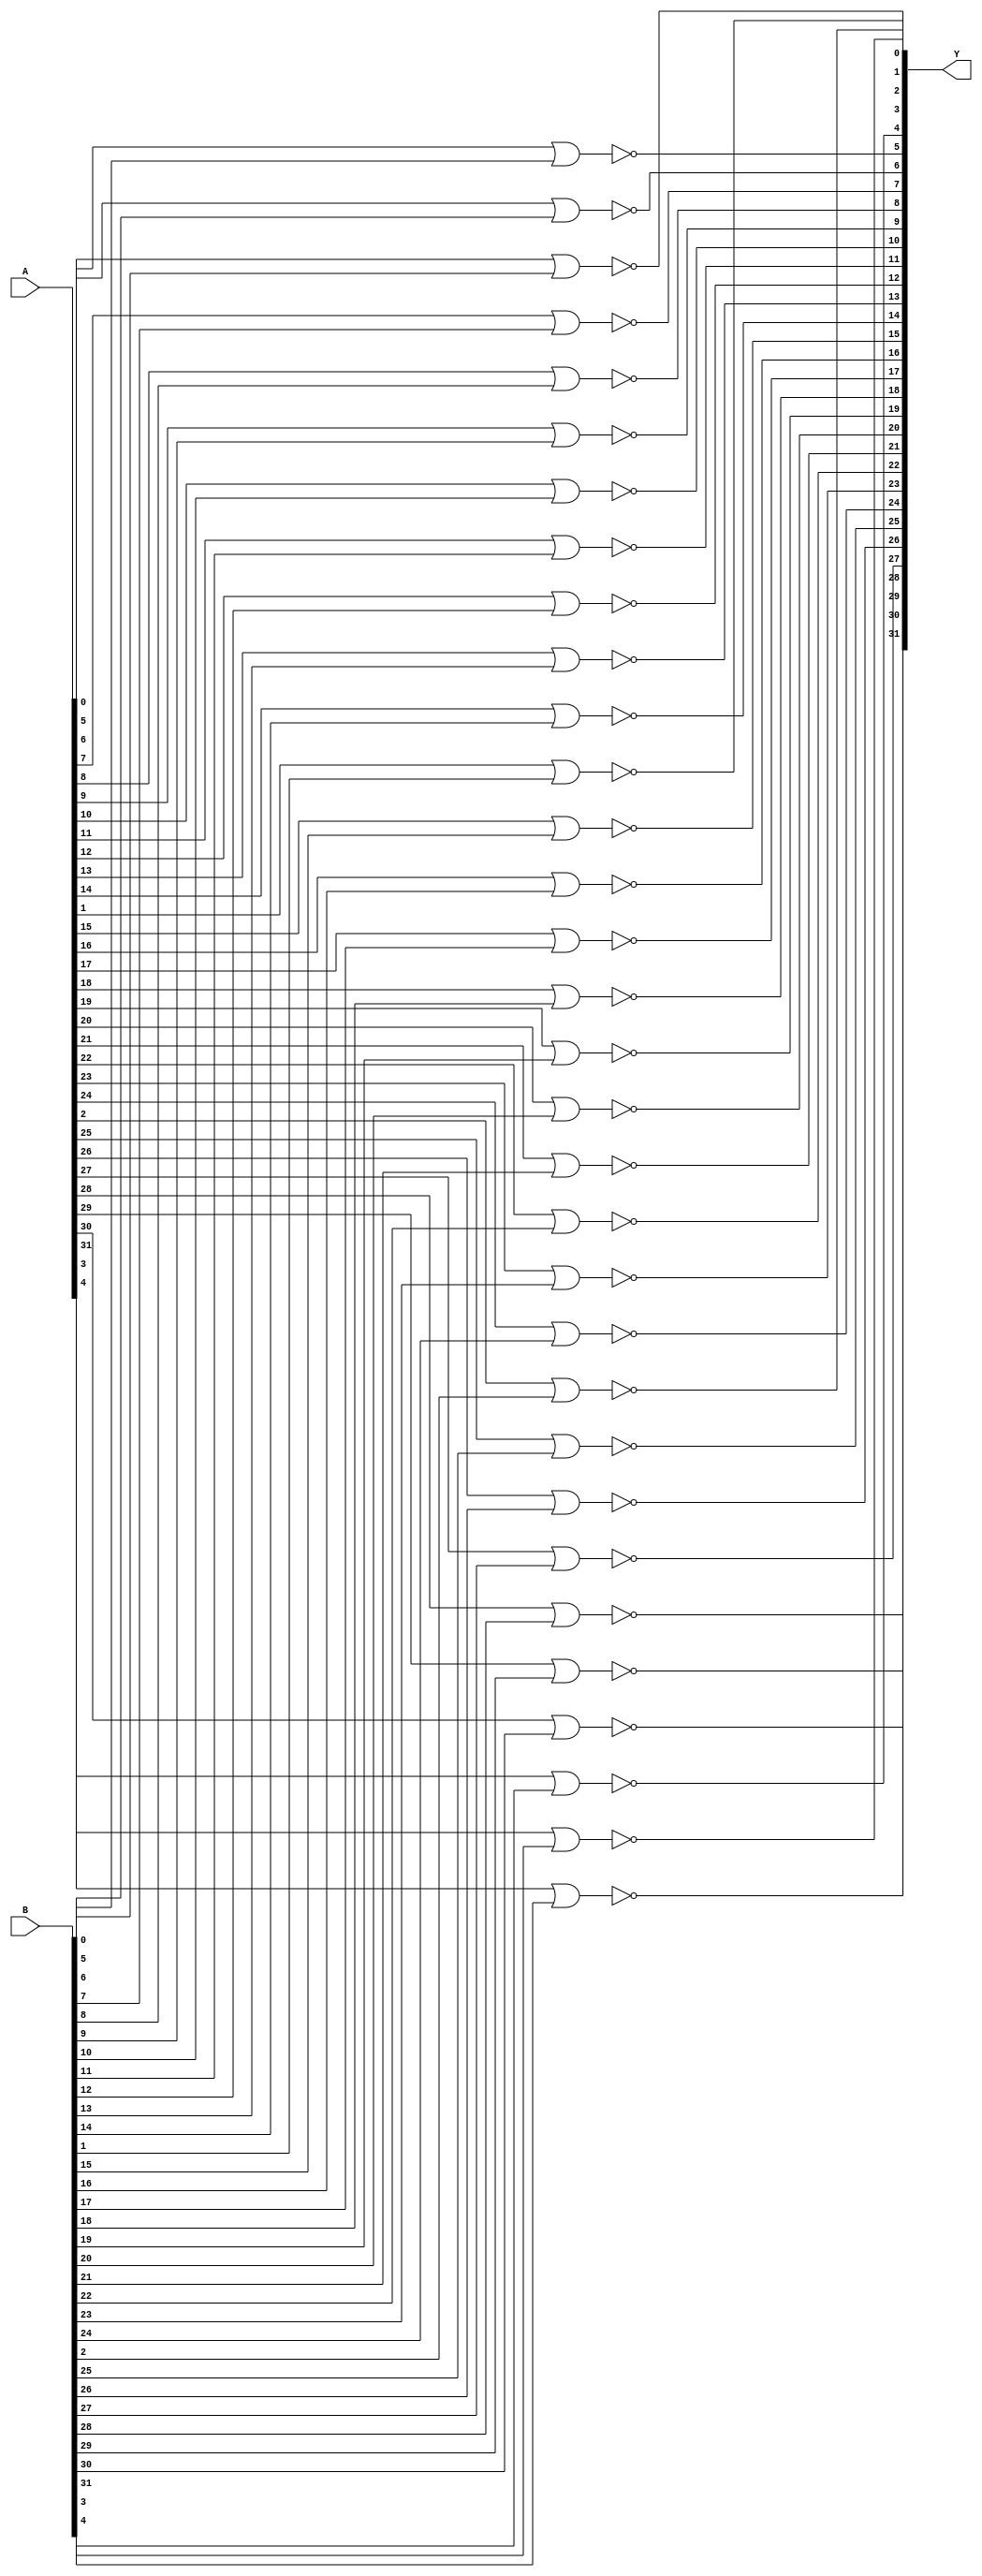
// Name: logic_32_bit.v
// Module: 
// Input: 
// Output: 
//
// Notes: Common definitions
// 
//
// Revision History:
//
// Version	Date		Who		email			note
//------------------------------------------------------------------------------------------
//  1.0     Sep 02, 2014	Kaushik Patra	kpatra@sjsu.edu		Initial creation
//------------------------------------------------------------------------------------------
//

// 32-bit NOR
module NOR32_2x1(Y,A,B);
//output 
output [31:0] Y;
//input
input [31:0] A;
input [31:0] B;

// TBD
genvar i;
generate
   for(i=0; i<32; i=i+1)
   begin: nor32_loop
	nor nor_1(Y[i], A[i], B[i]);
   end
endgenerate

endmodule

module AND32_2x1(Y,A,B);
// output
output [31:0] Y;
// input
input [31:0] A;
input [31:0] B;

genvar i;
generate
   for(i=0; i<32; i=i+1)
   begin: and32_loop
	and and_1(Y[i], A[i], B[i]);
   end
endgenerate

endmodule


// 32-bit inverter
module INV32_1x1(Y,A);
//output 
output [31:0] Y;
//input
input [31:0] A;

// TBD
genvar i;
generate
   for(i=0; i<32; i=i+1)
   begin: not32_loop
	not not_1(Y[i], A[i]);
   end
endgenerate

endmodule

// 32-bit OR
module OR32_2x1(Y,A,B);
//output 
output [31:0] Y;
//input
input [31:0] A;
input [31:0] B;

// TBD
genvar i;
generate
   for(i=0; i<32; i=i+1)
   begin: or32_loop
	or or_1(Y[i], A[i], B[i]);
   end
endgenerate

endmodule

//1-bit 32x1 or
module OR32x1(Y, A);
	input [31:0] A;
	wire [29:0] or1;//2 less than op
	output Y;
	or o0(or1[0], A[0], A[1]);
	or o1(or1[1], or1[0], A[2]);
	or o2(or1[2], or1[1], A[3]);
	or o3(or1[3], or1[2], A[4]);
	or o4(or1[4], or1[3], A[5]);
	or o5(or1[5], or1[4], A[6]);
	or o6(or1[6], or1[5], A[7]);	
	or o7(or1[7], or1[6], A[8]);
	or o8(or1[8], or1[7], A[9]);
	or o9(or1[9], or1[8], A[10]);
	or o10(or1[10], or1[9], A[11]);
	or o11(or1[11], or1[10], A[12]);
	or o12(or1[12], or1[11], A[13]);
	or o13(or1[13], or1[12], A[14]);
	or o14(or1[14], or1[13], A[15]);
	or o15(or1[15], or1[14], A[16]);
	or o16(or1[16], or1[15], A[17]);
	or o17(or1[17], or1[16], A[18]);
	or o18(or1[18], or1[17], A[19]);
	or o19(or1[19], or1[18], A[20]);
	or o20(or1[20], or1[19], A[21]);
	or o21(or1[21], or1[20], A[22]);
	or o22(or1[22], or1[21], A[23]);
	or o23(or1[23], or1[22], A[24]);
	or o24(or1[24], or1[23], A[25]);
	or o25(or1[25], or1[24], A[26]);
	or o26(or1[26], or1[25], A[27]);
	or o27(or1[27], or1[26], A[28]);
	or o28(or1[28], or1[27], A[29]);
	or o29(or1[29], or1[28], A[30]);
	or o30(Y, or1[29], A[31]);
endmodule